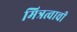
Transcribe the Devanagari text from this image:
मित्रत्वाची